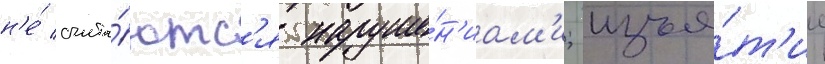
н'е́ счита́ютс'я наруше́н'иам'и; изъя́т'ие